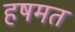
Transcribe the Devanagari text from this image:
हषमत